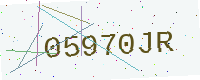
Text: 05970JR